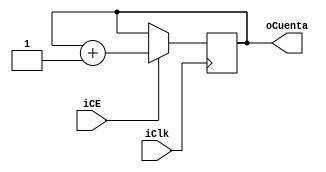
module Counter(
	input iClk,
	input iCE,
	output [3:0]oCuenta
	);
	
	reg[3:0]rCount_D;
	reg[3:0]rCount_Q;
	
	assign oCuenta = rCount_Q;
	
	always @(posedge iClk)
	begin
		if(iCE)
			begin
				rCount_Q <= rCount_D;
			end
		else
			begin
				rCount_Q <= rCount_Q;
			end
		end
		
	always @*
		begin
			rCount_D = rCount_Q + 1'd1;
		end

endmodule